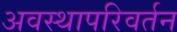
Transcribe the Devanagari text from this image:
अवस्थापरिवर्तन